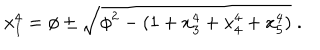
LaTeX: x _ { 1 } ^ { 4 } = \phi \pm \sqrt { \phi ^ { 2 } - ( 1 + x _ { 3 } ^ { 4 } + x _ { 4 } ^ { 4 } + x _ { 5 } ^ { 4 } ) } \; .